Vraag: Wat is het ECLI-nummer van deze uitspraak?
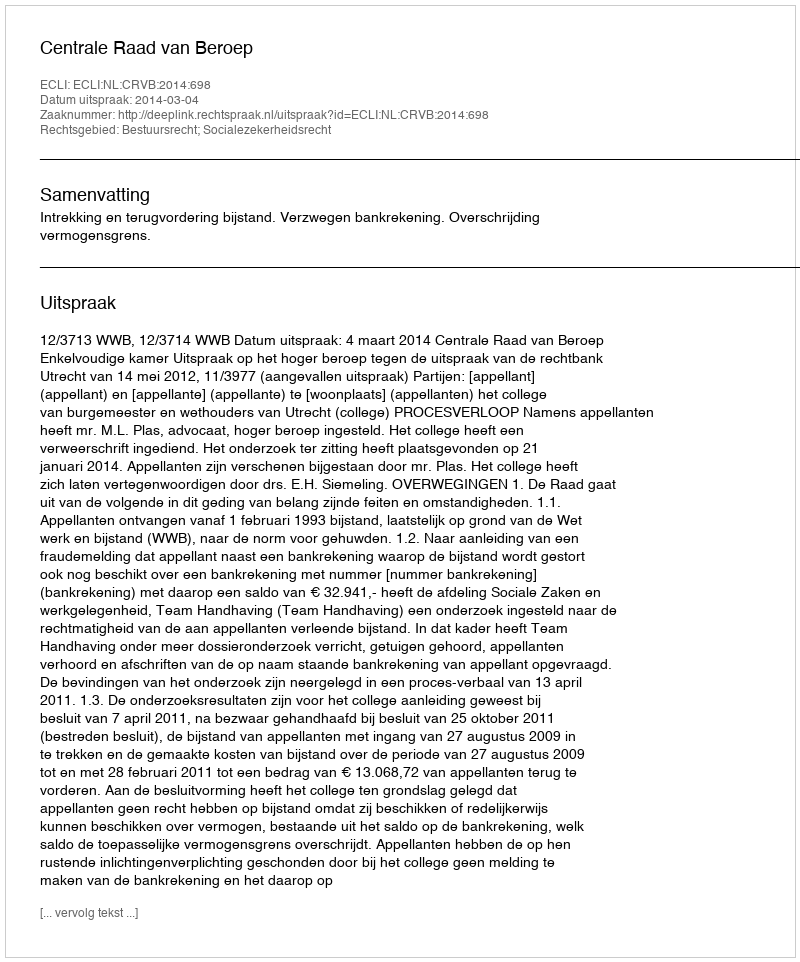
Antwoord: ECLI:NL:CRVB:2014:698